system: You are a helpful assistant.
user:
Analyze the provided spectrum to determine if it is a **"Cataclysmic Variables (CV)"**.

- **Key Indicators for CV (Check for either state):**
    - **State 1: Quiescent / Low-State (Emission-Dominated)**
        - **(Primary):** Strong and *very broad* Hydrogen Balmer emission lines (e.g., $H\alpha$ at 6563 Å, $H\beta$ at 4861 Å). The 'broadness' (high velocity dispersion, often FWHM > 1000 km/s) is the key diagnostic, indicating a high-velocity accretion disk.
        - **(Secondary):** Broad neutral Helium (He I) emission lines (e.g., 5876 Å, 6678 Å).
        - **(Key Confirmation):** Presence of high-excitation *ionized* Helium (He II) emission at 4686 Å. This is a strong indicator of accretion onto a white dwarf.
        - **(Line Profile):** Emission lines may exhibit a 'double-peaked' profile, which is a classic signature of a rotating accretion disk viewed at high inclination.

    - **State 2: Outburst / High-State (Absorption-Dominated)**
        - **(Primary):** Spectrum is dominated by a bright, blue continuum (looks like a hot star).
        - **(Secondary):** The emission lines from State 1 are weak, absent, or 'filled in', and are replaced by broad, shallow *absorption* lines (primarily Balmer and He I).
        - **(Morphology):** The overall spectrum mimics a hot B/A-type star. The crucial difference is that the absorption lines are significantly broader, shallower, and more 'washed-out' (or 'smeared') than the sharp lines of a normal stellar photosphere, due to high rotational speeds and pressure broadening in the disk.

Think first, call **spectral_visualization_tool** if needed to examine features in detail, then provide your final answer. Your response must adhere to the following strict rules:
1.  **Overall Structure:** Your response must follow the format `<think>...</think> <tool_call>...</tool_call> (if a tool is used) <answer>...</answer>`.
2.  **Tool Usage Constraint:** You may only make **one** tool call per turn.
3.  **Final Answer Format:** In the `<answer>` tag, your conclusion must be inside a `\boxed{}` command (e.g., `\boxed{YES}`), followed by your justification.

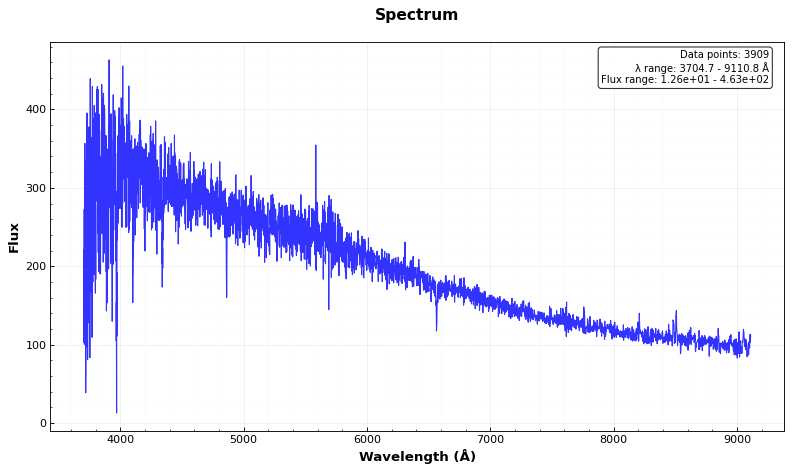
Answer: NO